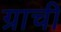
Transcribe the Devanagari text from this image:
ग्राची